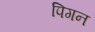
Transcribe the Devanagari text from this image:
पिगन